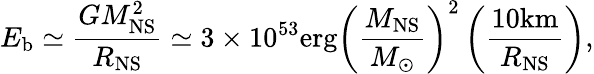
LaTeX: E_{\mathrm{b}}\simeq\frac{GM_{\mathrm{NS}}^{2}}{R_{\mathrm{NS}}}\simeq 3\times 10^{53}\mathrm{erg}\left(\frac{M_{\mathrm{NS}}}{M_{\odot}}\right)^{2}\left(\frac{10\mathrm{km}}{R_{\mathrm{NS}}}\right),